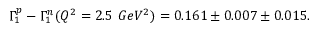
\Gamma _ { 1 } ^ { p } - \Gamma _ { 1 } ^ { n } ( Q ^ { 2 } = 2 . 5 \ G e V ^ { 2 } ) = 0 . 1 6 1 \pm 0 . 0 0 7 \pm 0 . 0 1 5 .